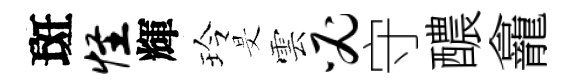
斑怪輝玲旻雲必守醲龕